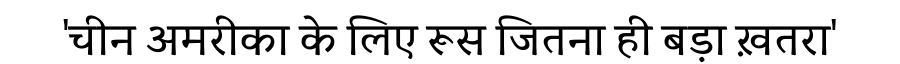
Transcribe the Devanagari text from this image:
'चीन अमरीका के लिए रूस जितना ही बड़ा ख़तरा'